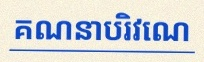
គណនាបរិវេណ